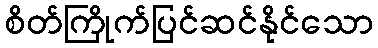
စိတ်ကြိုက်ပြင်ဆင်နိုင်သော